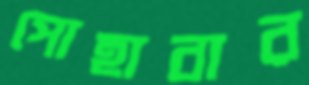
পোহাবার